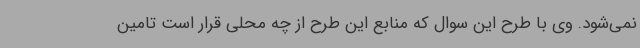
نمی‌شود. وی با طرح این سوال که منابع این طرح از چه محلی قرار است تامین